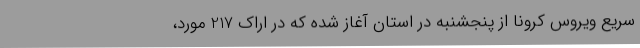
سریع ویروس کرونا از پنجشنبه در استان آغاز شده که در اراک 217 مورد،